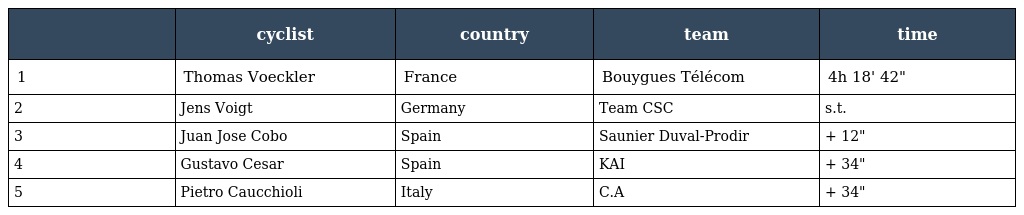
|  | cyclist | country | team | time |
 | --- | --- | --- | --- | --- |
 | 1 | Thomas Voeckler | France | Bouygues Télécom | 4h 18' 42" |
 | 2 | Jens Voigt | Germany | Team CSC | s.t. |
 | 3 | Juan Jose Cobo | Spain | Saunier Duval-Prodir | + 12" |
 | 4 | Gustavo Cesar | Spain | KAI | + 34" |
 | 5 | Pietro Caucchioli | Italy | C.A | + 34" |